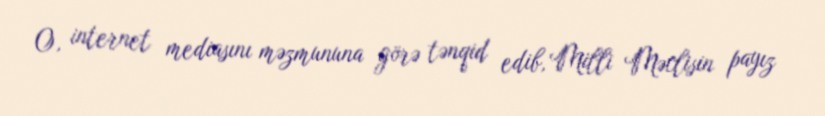
O, internet mediasını məzmununa görə tənqid edib, Milli Məclisin payız